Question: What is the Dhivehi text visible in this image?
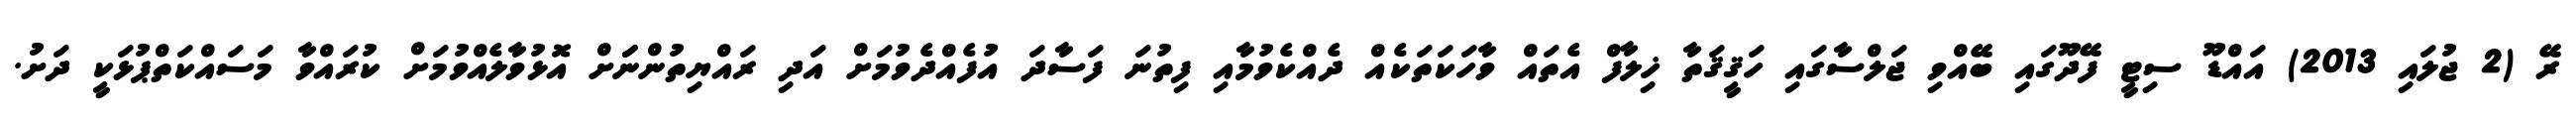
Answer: ރޭ (2 ޖުލައި 2013) އައްޑޫ ސިޓީ ފޭދޫގައި ބޭއްވި ޖަލްސާގައި ހަޤީޤަތާ ޚިލާފް އެތައް ވާހަކަތަކެއް ދެއްކެވުމާއި ފިތުނަ ފަސާދަ އުފެއްދެވުމަށް އަދި ރައްޔިތުންނަަށް އޮޅުވާލެއްވުމަށް ކުރައްވާ މަސައްކަތްޕުޅަކީ ދަށު.